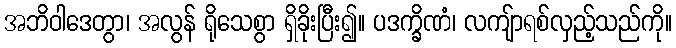
အဘိဝါဒေတွာ၊ အလွန် ရိုသေစွာ ရှိခိုးပြီး၍။ ပဒက္ခိဏံ၊ လကျ်ာရစ်လှည့်သည်ကို။